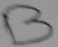
Text: B